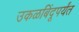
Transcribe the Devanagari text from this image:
उकळबिंदूपर्यंत